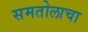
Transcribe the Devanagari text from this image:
समतोलाचा